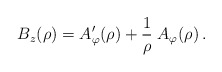
\begin{align*}B_z(\rho)=A'_{\varphi}(\rho)+{1\over\rho}\;A_{\varphi}(\rho)\,.\end{align*}